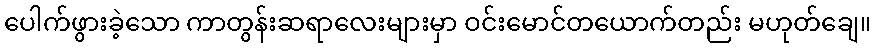
ပေါက်ဖွားခဲ့သော ကာတွန်းဆရာလေးများမှာ ဝင်းမောင်တယောက်တည်း မဟုတ်ချေ။